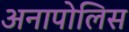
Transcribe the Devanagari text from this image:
अनापोलिस